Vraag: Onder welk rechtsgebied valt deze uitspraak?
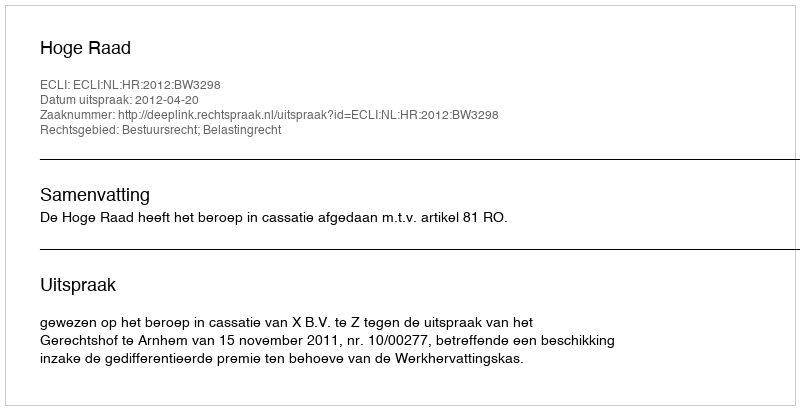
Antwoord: Bestuursrecht; Belastingrecht